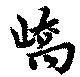
嶠